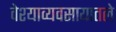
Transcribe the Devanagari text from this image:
वेश्याव्यवसायातले